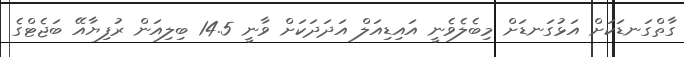
ގާތްގަނޑަކަށް އަޅުގަނޑަށް މިބެލެވެނީ އައިޑިއަލް އަދަދަކަށް ވާނީ 14.5 ބިލިއަން ރުފިޔާއޭ ބަޖެޓްގެ